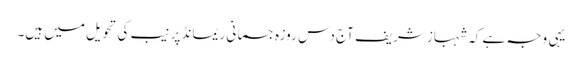
یہی وجہ ہے کہ شہباز شریف آج دس روزہ جسمانی ریمانڈ پر نیب کی تحویل میں ہیں۔